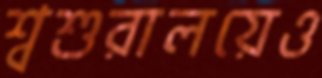
শ্বশুরালয়েও